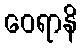
ဝေရာနိ